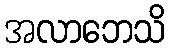
အလာဘေသိ